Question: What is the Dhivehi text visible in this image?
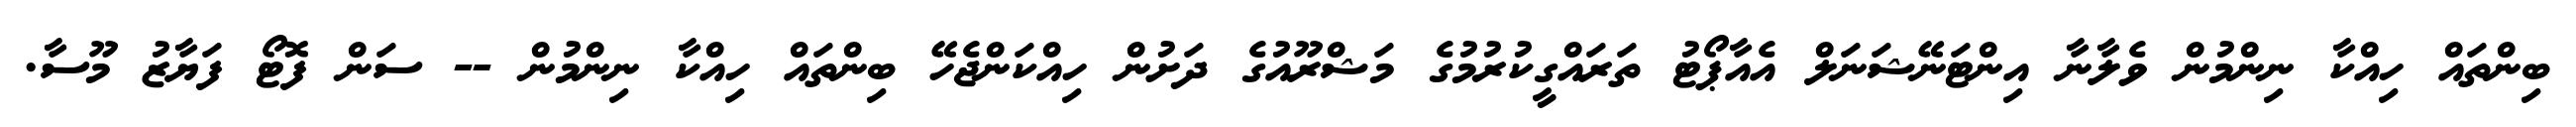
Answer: ބިންތައް ހިއްކާ ނިންމުން ވެލާނާ އިންޓަނޭޝަނަލް އެއާޕޯޓު ތަރައްގީކުރުމުގެ މަޝްރޫއުގެ ދަށުން ހިއްކަންޖެހޭ ބިންތައް ހިއްކާ ނިންމުން -- ސަން ފޮޓޯ ފަޔާޒު މޫސާ.